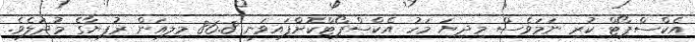
އެކްސްޕޯޓް ކުރި ނަމަވެސް މިދިޔަ މަހު އެކްސްޕޯޓްކޮށްފައިވަނީ 86.8 މިލިއަން ރުފިޔާގެ މުދަލެވެ.